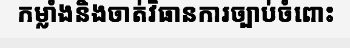
កម្លាំងនិងចាត់វិធានការច្បាប់ចំពោះ